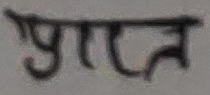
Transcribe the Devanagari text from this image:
प्राप्त